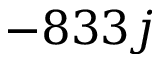
- 8 3 3 j